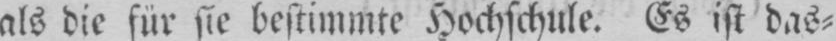
als die für sie bestimmte Hochschule. Es ist das⸗